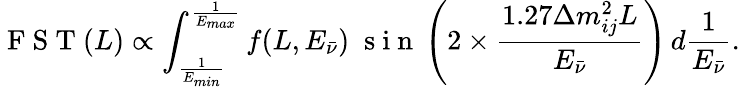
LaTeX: \mathrm{~F~S~T~}(L)\propto\int_{\frac{1}{E_{min}}}^{\frac{1}{E_{max}}}f(L,E_{\bar{\nu}})\; \mathrm{~s~i~n~}\left(2\times\frac{1.27\Delta m_{ij}^{2}L}{E_{\bar{\nu}}}\right)\, d\frac{1}{E_{\bar{\nu}}}.